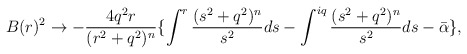
\begin{align*}B(r)^2 \rightarrow - \frac{4q^2 r}{(r^2 + q^2)^n} \lbrace\int^{r} \frac{(s^2 + q^2)^n}{s^2} ds - \int^{iq} \frac{(s^2 + q^2)^n}{s^2} ds- \bar{\alpha} \rbrace,\end{align*}